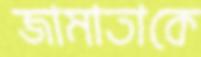
জামাতাকে